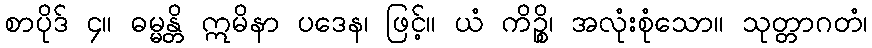
စာပိုဒ် ၄။ ဓမ္မန္တိ ဣမိနာ ပဒေန၊ ဖြင့်။ ယံ ကိဉ္စိ၊ အလုံးစုံသော။ သုတ္တာဂတံ၊